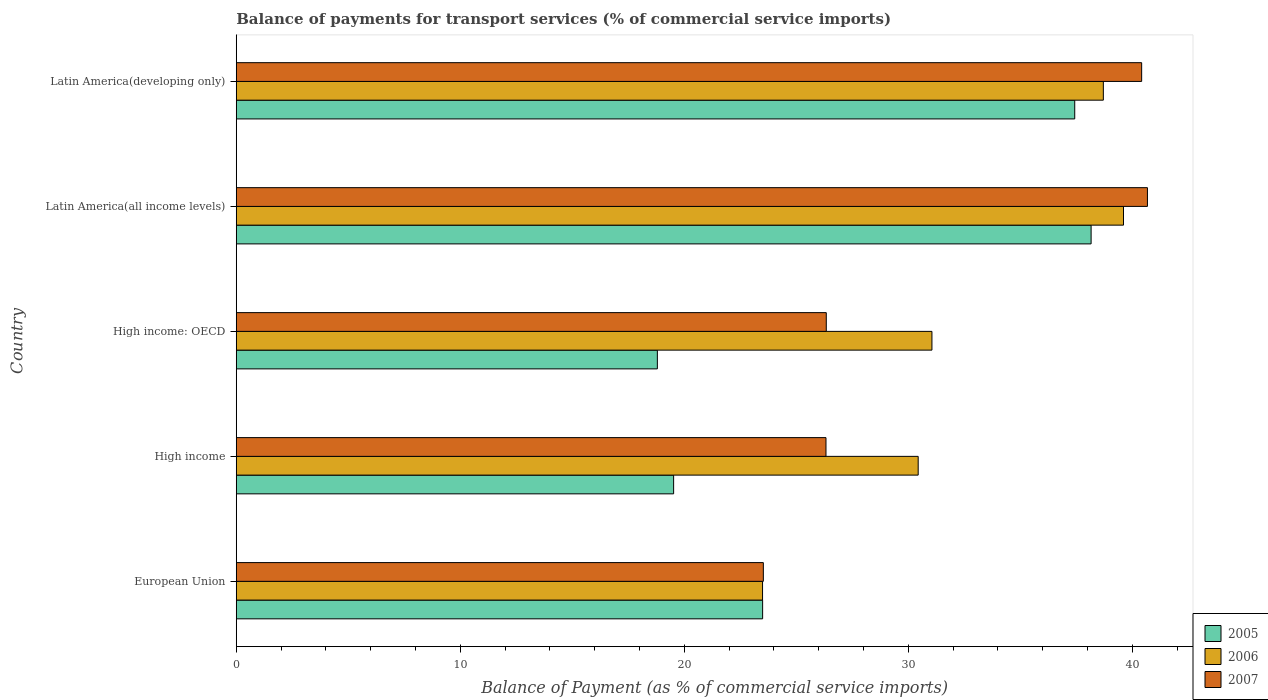
| Country | 2005 | 2006 | 2007 |
 | --- | --- | --- | --- |
 | European Union | 23.5 | 23.5 | 23.5 |
 | High income | 19.5 | 30.4 | 26.3 |
 | High income: OECD | 18.8 | 31.1 | 26.3 |
 | Latin America(all income levels) | 38.2 | 39.6 | 40.7 |
 | Latin America(developing only) | 37.4 | 38.7 | 40.4 |